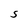
Character: S